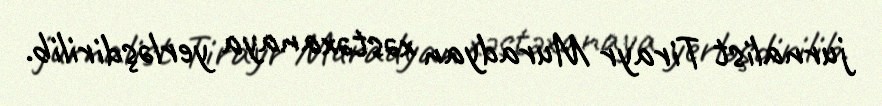
jurnalist Tirayr Muradyan xəstəxanaya yerləşdirilib.